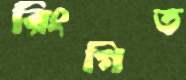
রিংগিত